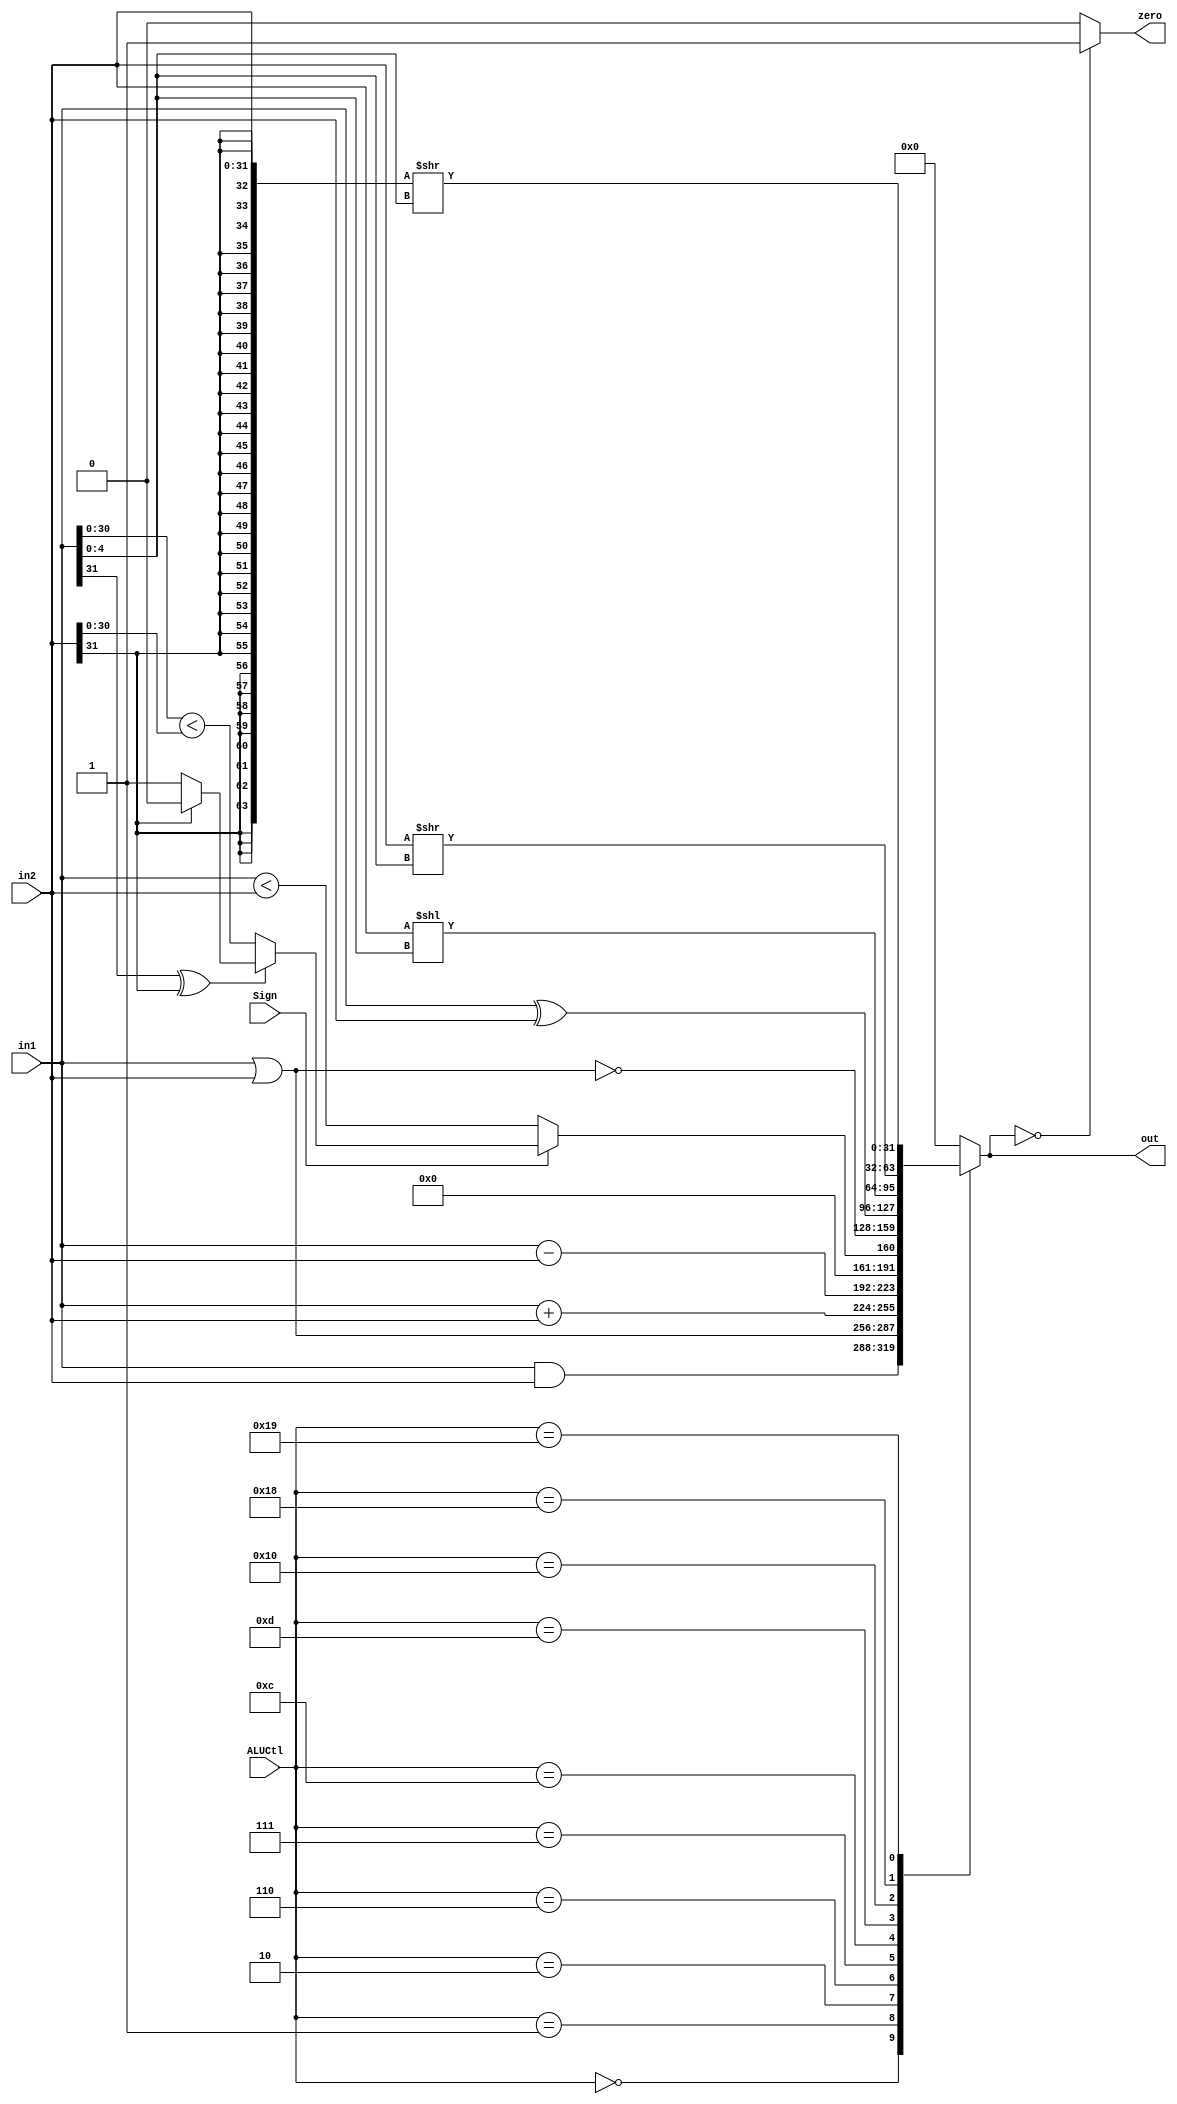
`ifndef __ALU_V__
`define __ALU_V__

module ALU (
	input wire [31:0] in1,
	input wire [31:0] in2,
	input wire [4:0] ALUCtl,
	input wire Sign,
	output reg [31:0] out,
	output reg zero
	);

	wire ss;
	assign ss = {in1[31], in2[31]};

	wire lt_31;
	assign lt_31 = (in1[30:0] < in2[30:0]);

	wire lt_signed;
	assign lt_signed = (in1[31] ^ in2[31])?
		((ss == 2'b01)? 0: 1): lt_31;

	always @ (ALUCtl or lt_signed or in1 or in2)
	begin
		case (ALUCtl)
			5'b00000: out <= in1 & in2;
			5'b00001: out <= in1 | in2;
			5'b00010: out <= in1 + in2;
			5'b00110: out <= in1 - in2;
			5'b00111: out <= {31'h00000000, Sign ? lt_signed : (in1 < in2)};
			5'b01100: out <= ~(in1 | in2);
			5'b01101: out <= in1 ^ in2;
			5'b10000: out <= (in2 << in1[4:0]);
			5'b11000: out <= (in2 >> in1[4:0]);
			5'b11001: out <= ({{32{in2[31]}}, in2} >> in1[4:0]);
			default: out <= 32'h00000000;
		endcase
	end

	always @ (out)
	begin
		if (out == 0)
		begin
			zero <= 1'b1;
		end
		else
		begin
			zero <= 1'b0;
		end
	end
endmodule

`endif /*__ALU_V__*/